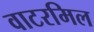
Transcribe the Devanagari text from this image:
वाटरमिल